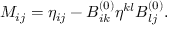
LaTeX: M _ { i j } = \eta _ { i j } - B _ { i k } ^ { ( 0 ) } \eta ^ { k l } B _ { l j } ^ { ( 0 ) } .